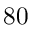
8 0